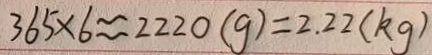
3 6 5 \times 6 \approx 2 2 2 0 ( g ) = 2 . 2 2 ( k g )